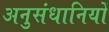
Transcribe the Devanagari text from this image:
अनुसंधानियों